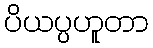
ပိယပ္ပဟူတာ